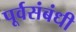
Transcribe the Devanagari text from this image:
पूर्वसंबंधी